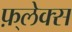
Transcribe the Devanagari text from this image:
फ़्लेक्स